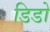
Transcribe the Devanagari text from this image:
डिडो